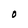
Character: O